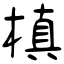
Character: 槙